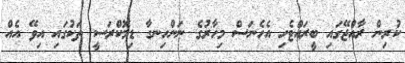
ކުރިން ރާއްޖޭގައި ބީރައްޓެހި އެހެނަސް މިހާރުގެ ނަންހިނގާ ޑިމޮކްރަސީ ތަކުގައި އިވޭ އެއް